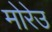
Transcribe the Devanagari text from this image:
मोरेउ